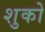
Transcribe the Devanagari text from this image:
शुको